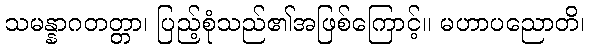
သမန္နာဂတတ္တာ၊ ပြည့်စုံသည်၏အဖြစ်ကြောင့်။ မဟာပညောတိ၊